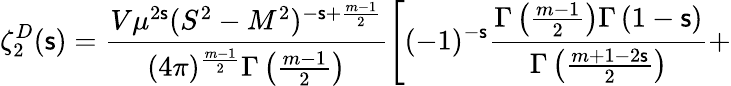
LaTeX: \zeta_{2}^{D}(\mathsf{s})=\frac{{V\mu^{2\mathsf{s}}(S^{2}-M^{2})^{-\mathsf{s}+\frac{{m-1}}{{2}}}}}{{(4\pi)^{\frac{{m-1}}{{2}}}\Gamma\left(\frac{{m-1}}{{2}}\right)}}\left[(-1)^{-\mathsf{s}}\frac{{\Gamma\left(\frac{{m-1}}{{2}}\right)\Gamma\left(1-\mathsf{s}\right)}}{{\Gamma\left(\frac{{m+1-2\mathsf{s}}}{{2}}\right)}}+\right.